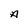
Character: A